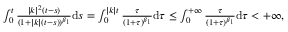
\begin{array} { r } { \int _ { 0 } ^ { t } \frac { \vert k \vert ^ { 2 } ( t - s ) } { ( 1 + \vert k \vert ( t - s ) ) ^ { \beta _ { 1 } } } \mathrm { d } s = \int _ { 0 } ^ { \vert k \vert t } \frac { \tau } { ( 1 + \tau ) ^ { \beta _ { 1 } } } \mathrm { d } \tau \leq \int _ { 0 } ^ { + \infty } \frac { \tau } { ( 1 + \tau ) ^ { \beta _ { 1 } } } \mathrm { d } \tau < + \infty , } \end{array}